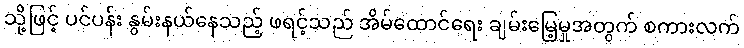
သို့ဖြင့် ပင်ပန်း နွမ်းနယ်နေသည့် ဖရင့်သည် အိမ်ထောင်ရေး ချမ်းမြေ့မှုအတွက် စကားလက်